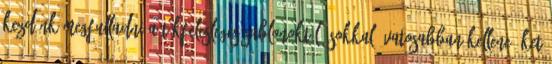
kezdünk megfulladni a tökfelesleges sablonoktól. Sokkal óvatosabban kellene őket